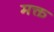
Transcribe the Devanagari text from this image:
मक्त